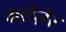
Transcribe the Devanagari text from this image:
वालेज़ेर